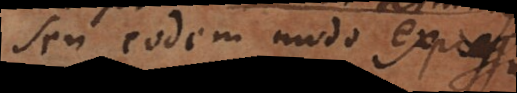
seu eodem modo expres